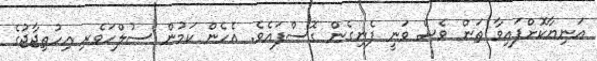
އަނިޔާކޮށްފައިވާ ތަން ވެސް ވަނީ ފެނިގެން ގޮސްފައެވެ. އެހެން ކަމުން ސުލްހަވެރި އިހުތިޖާޖުގެ